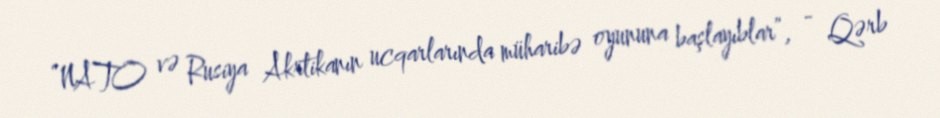
“NATO və Rusiya Akrtikanın ucqarlarında müharibə oyununa başlayıblar”, - Qərb